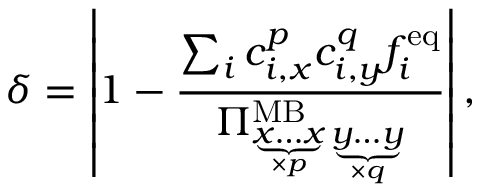
\delta = \left\vert 1 - \frac { \sum _ { i } c _ { i , x } ^ { p } c _ { i , y } ^ { q } f _ { i } ^ { \mathrm { e q } } } { \Pi _ { \underbrace { x \dots x } _ { \times p } \underbrace { y \dots y } _ { \times q } } ^ { \mathrm { M B } } } \right\vert ,